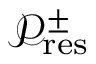
\mathcal { P } _ { \mathrm { r e s } } ^ { \pm }